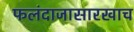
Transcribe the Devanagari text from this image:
फलंदाजासारखाच